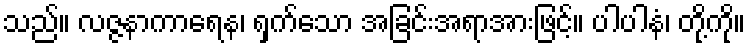
သည်။ လဇ္ဇနာကာရေန၊ ရှက်သော အခြင်းအရာအားဖြင့်။ ပါပါနံ၊ တို့ကို။